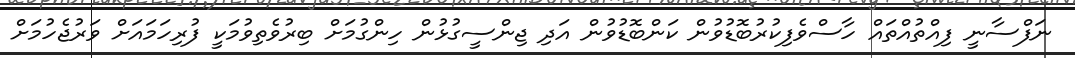
ނަފްސާނީ ފިއްތުއްތައް ހާސްވެފިކުރުބޮޑުވުން ކަންބޮޑުވުން އަދި ޖިންސީގުޅުން ހިންގުމަށް ބިރުވެތިވުމަކީ ފުރިހަމައަށް ވަރުޖެހުމަށް